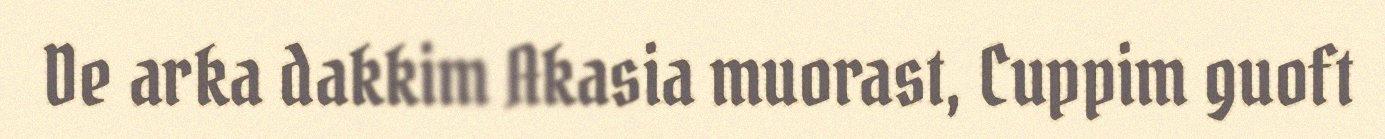
De arka dakkim Akasia muorast, Cuppim guoft